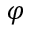
\varphi